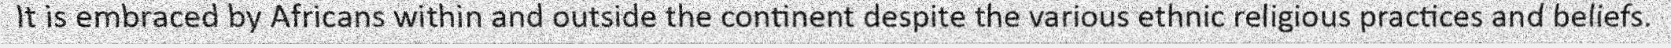
It is embraced by Africans within and outside the continent despite the various ethnic religious practices and beliefs.